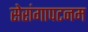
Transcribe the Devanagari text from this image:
सेरांगापटनम